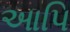
આપિ